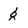
Character: g